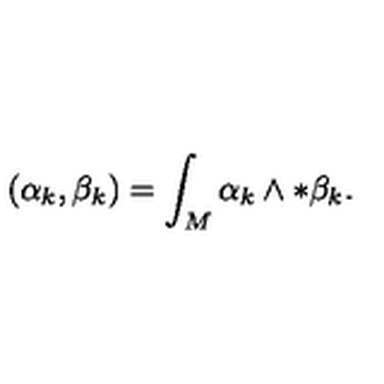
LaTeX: ( \alpha _ { k } , \beta _ { k } ) = \int _ { M } \alpha _ { k } \wedge * \beta _ { k } .